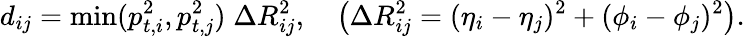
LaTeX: d_{ij}=\operatorname*{min}(p_{t,i}^{2},p_{t,j}^{2})\; \Delta R_{ij}^{2},\quad\left(\Delta R_{ij}^{2}=(\eta_{i}-\eta_{j})^{2}+(\phi_{i}-\phi_{j})^{2}\right).